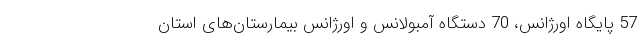
57 پایگاه اورژانس، 70 دستگاه آمبولانس و اورژانس بیمارستان‌های استان